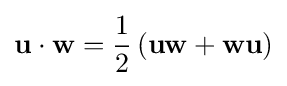
\mathbf {u} \cdot \mathbf {w} ={\frac {1}{2}}\left(\mathbf {u} \mathbf {w} +\mathbf {w} \mathbf {u} \right)